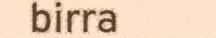
birra